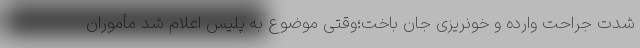
شدت جراحت وارده و خونریزی جان باخت؛وقتی موضوع به پلیس اعلام شد مأموران